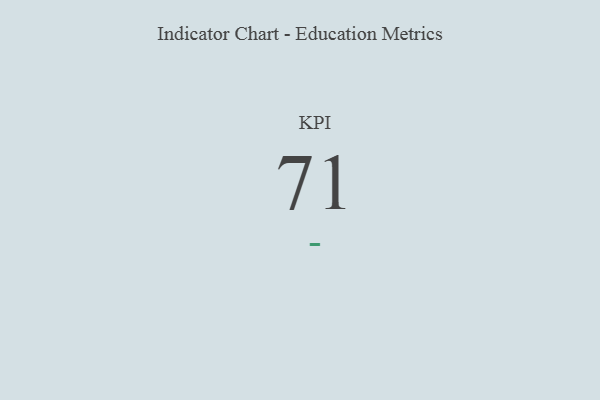
{"axis": {"x": "KPI", "y": "Value"}, "legend": [""], "data": [{"x": "KPI", "y": 71, "type": ""}]}